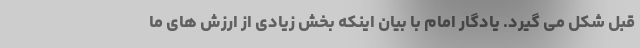
قبل شکل می گیرد. یادگار امام با بیان اینکه بخش زیادی از ارزش های ما